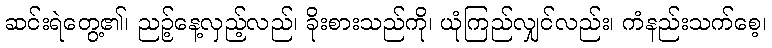
ဆင်းရဲတွေ့၏၊ ညဉ့်နေ့လှည့်လည်၊ ခိုးစားသည်ကို၊ ယုံကြည်လျှင်လည်း၊ ကံနည်းသက်စေ့၊